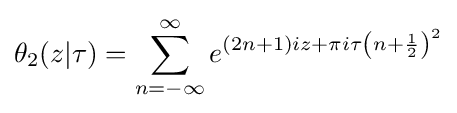
\theta _{2}(z|\tau )=\displaystyle \sum _{n=-\infty }^{\infty }e^{(2n+1)iz+\pi i\tau \left(n+{\frac {1}{2}}\right)^{2}}